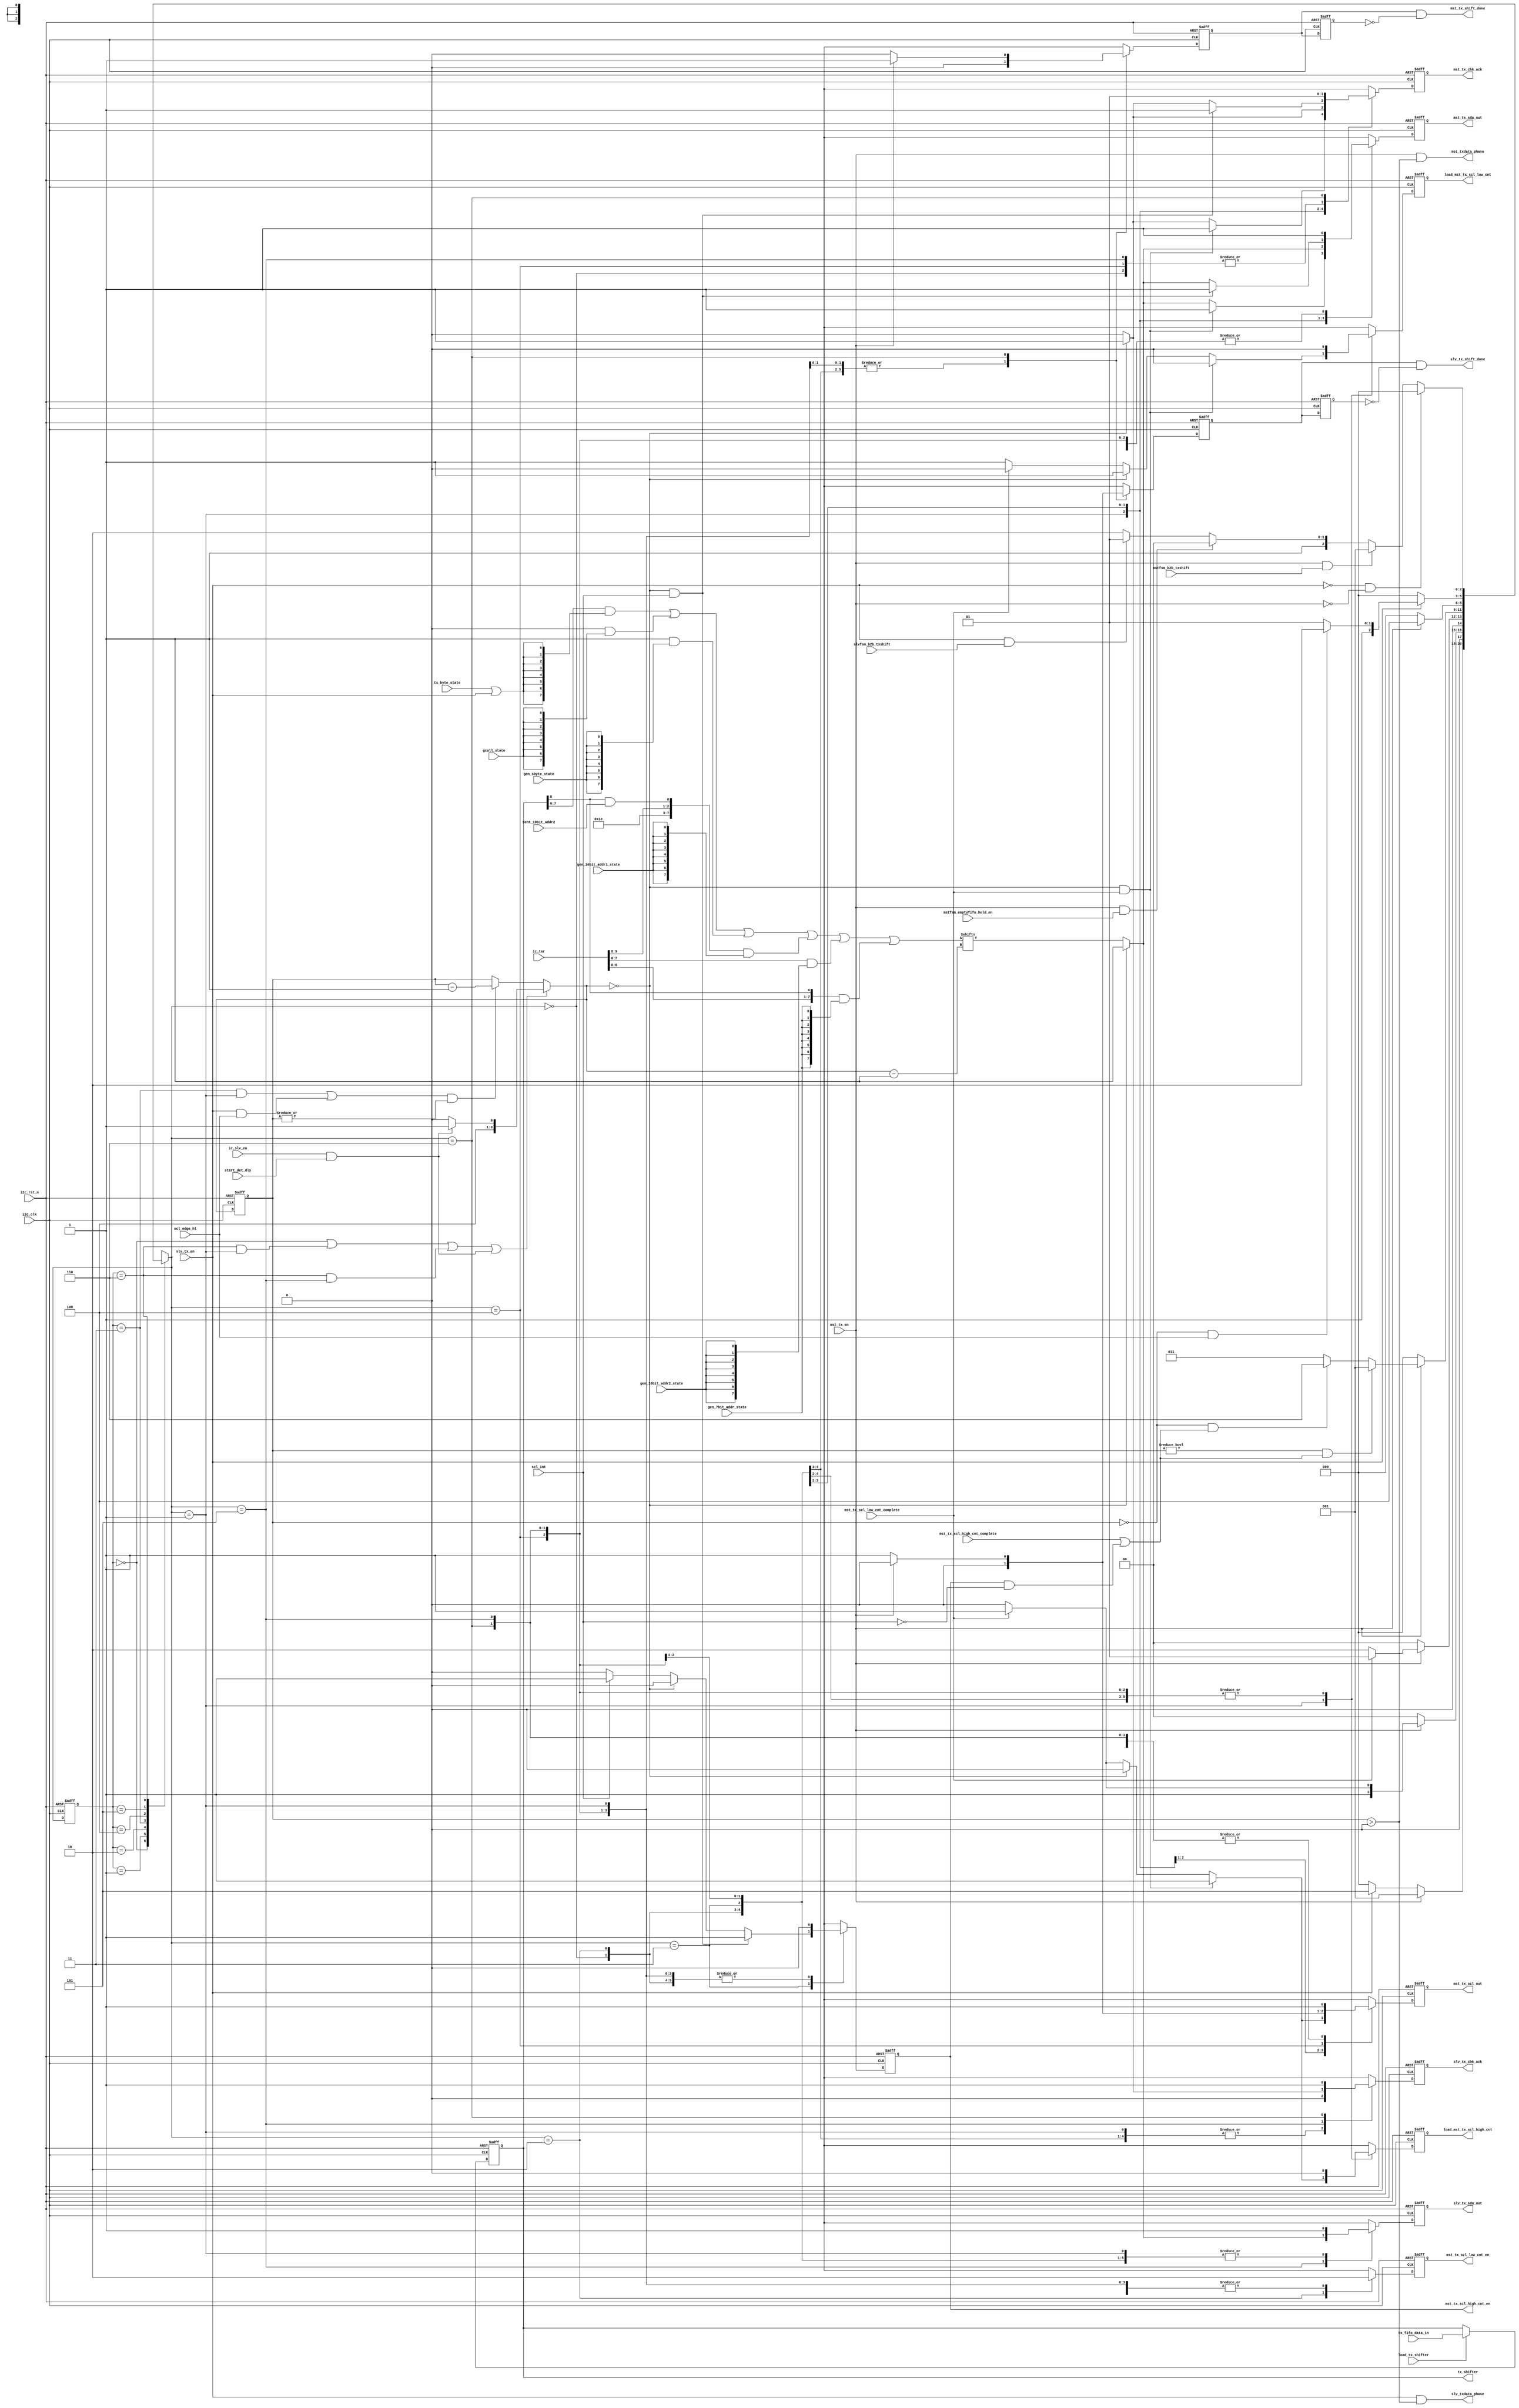
// (C) 2001-2018 Intel Corporation. All rights reserved.
// Your use of Intel Corporation's design tools, logic functions and other 
// software and tools, and its AMPP partner logic functions, and any output 
// files from any of the foregoing (including device programming or simulation 
// files), and any associated documentation or information are expressly subject 
// to the terms and conditions of the Intel Program License Subscription 
// Agreement, Intel FPGA IP License Agreement, or other applicable 
// license agreement, including, without limitation, that your use is for the 
// sole purpose of programming logic devices manufactured by Intel and sold by 
// Intel or its authorized distributors.  Please refer to the applicable 
// agreement for further details.


`timescale 1 ps / 1 ps
module altr_i2c_txshifter (
    input               i2c_clk,
    input               i2c_rst_n,
    input               mst_tx_scl_high_cnt_complete,
    input               mst_tx_scl_low_cnt_complete,
    input               mst_tx_en,
    input               slv_tx_en,
    input               scl_int,
    input               scl_edge_hl,
    input               mstfsm_emptyfifo_hold_en,
    input               mstfsm_b2b_txshift,
    input               load_tx_shifter,
    input [10:0]        tx_fifo_data_in,
    input [9:0]         ic_tar,
    input               tx_byte_state,
    input               gcall_state,
    input               gen_sbyte_state,
    input               gen_10bit_addr1_state,
    input               gen_10bit_addr2_state,
    input               gen_7bit_addr_state,
    input               sent_10bit_addr2,
    input               slvfsm_b2b_txshift,
    input               ic_slv_en,
    input               start_det_dly,
  
    output reg          mst_tx_scl_high_cnt_en,
    output reg          mst_tx_scl_low_cnt_en,
    output reg          mst_tx_chk_ack,                 // to ack detector
    output              mst_tx_shift_done,
    output reg          mst_tx_scl_out,
    output reg          mst_tx_sda_out,
    output reg          slv_tx_chk_ack,                 // to ack detector
    output              slv_tx_shift_done,
    output reg          slv_tx_sda_out,
    output reg          load_mst_tx_scl_high_cnt,
    output reg          load_mst_tx_scl_low_cnt,
    output reg [10:0]   tx_shifter,
    output              mst_txdata_phase,
    output              slv_txdata_phase

);


parameter TX_IDLE       = 3'b000;
parameter TX_CLK_LOAD   = 3'b001;
parameter TX_CLK_LOW    = 3'b010;
parameter TX_CLK_HIGH   = 3'b011;
parameter TX_CLK_HOLD   = 3'b100;
parameter TX_SLV_SHIFT  = 3'b101;
parameter TX_DONE       = 3'b110;


// wires & registers declaration
reg [2:0]       tx_shiftfsm_state; 
reg [2:0]       tx_shiftfsm_nx_state;
reg [3:0]       tx_shiftbit_counter;
reg [3:0]       tx_shiftbit_counter_nxt;
reg             mst_tx_shift_done_gen;
reg             mst_tx_shift_done_gen_dly;
reg             slv_tx_shift_done_gen;
reg             slv_tx_shift_done_gen_dly;

wire            tx_idle_state;
wire            tx_done_state;
wire            tx_clk_high_state;
wire            tx_clk_load_nx_state;
wire            arc_tx_done_load;
wire            arc_tx_clk_high_load;
wire            load_cnt;
wire            decr_cnt;
wire            tx_slv_shift_nx_state;
wire [3:0]      tx_shiftbit_counter_init;
wire            arc_tx_done_slv_shift; 

wire [7:0]      tx_shift_data;
wire [7:0]      gcall_addr;
wire [7:0]      start_byte;
wire [7:0]      tenbit_addr1;
wire [7:0]      tenbit_addr2;
wire [7:0]      sevenbit_addr;
wire            tx_shift_data_phase;

wire [7:0]      write_txbyte;
wire [7:0]      write_gcall_addr;
wire [7:0]      write_start_byte;
wire [7:0]      write_10bit_addr1;
wire [7:0]      write_10bit_addr2;
wire [7:0]      write_7bit_addr;
wire            tenbit_addr1_cmd;
wire            tx_shiftbit_counter_notzero;

assign mst_txdata_phase         = mst_tx_en & (tx_shiftbit_counter > 4'b0000);
assign slv_txdata_phase         = slv_tx_en & (tx_shiftbit_counter > 4'b0000);

assign tx_idle_state            = (tx_shiftfsm_state == TX_IDLE);
assign tx_done_state            = (tx_shiftfsm_state == TX_DONE);
assign tx_clk_high_state        = (tx_shiftfsm_state == TX_CLK_HIGH);

assign tx_clk_load_nx_state     = (tx_shiftfsm_nx_state == TX_CLK_LOAD);
assign tx_slv_shift_nx_state    = (tx_shiftfsm_nx_state == TX_SLV_SHIFT);

assign arc_tx_done_load         = tx_done_state & tx_clk_load_nx_state;
assign arc_tx_clk_high_load     = tx_clk_high_state & tx_clk_load_nx_state;
assign arc_tx_done_slv_shift    = tx_done_state & tx_slv_shift_nx_state; 

assign load_cnt                 = tx_idle_state | arc_tx_done_load | arc_tx_done_slv_shift | (ic_slv_en & start_det_dly);
assign decr_cnt                 = (arc_tx_clk_high_load | (slv_tx_en & scl_edge_hl)) & tx_shiftbit_counter_notzero;

assign tx_shiftbit_counter_notzero = | tx_shiftbit_counter;

assign tx_shiftbit_counter_init = (ic_slv_en & start_det_dly) ? 4'b1001 : 4'b1000;

always @* begin
    if (load_cnt)
        tx_shiftbit_counter_nxt = tx_shiftbit_counter_init;
    else if (decr_cnt)
        tx_shiftbit_counter_nxt = tx_shiftbit_counter - 4'b0001;
    else
        tx_shiftbit_counter_nxt = tx_shiftbit_counter;
end

// bit number counter
always @(posedge i2c_clk or negedge i2c_rst_n) begin
    if(!i2c_rst_n)
        tx_shiftbit_counter <= 4'b1000;
    else
        tx_shiftbit_counter <= tx_shiftbit_counter_nxt;
end




// TX shifter fsm 
always @(posedge i2c_clk or negedge i2c_rst_n) begin
    if (!i2c_rst_n)
        tx_shiftfsm_state <= TX_IDLE;
    else
        tx_shiftfsm_state <= tx_shiftfsm_nx_state;
end

always @* begin
    case(tx_shiftfsm_state)
        TX_IDLE	: begin
            if (mst_tx_en) 
                tx_shiftfsm_nx_state = TX_CLK_LOAD;
            else if (slv_tx_en)
                tx_shiftfsm_nx_state = TX_SLV_SHIFT;
            else 
                tx_shiftfsm_nx_state = TX_IDLE;
        end

        TX_CLK_LOAD : begin
            if (~mst_tx_en)
                tx_shiftfsm_nx_state = TX_IDLE;
            else if (mst_tx_scl_low_cnt_complete)
                tx_shiftfsm_nx_state = TX_CLK_HIGH;
            else
                tx_shiftfsm_nx_state = TX_CLK_LOW;
        end

        TX_CLK_LOW : begin
            if (~mst_tx_en)
                tx_shiftfsm_nx_state = TX_IDLE;
            else if (mst_tx_scl_low_cnt_complete)
                tx_shiftfsm_nx_state = TX_CLK_LOAD;
            else
                tx_shiftfsm_nx_state = TX_CLK_LOW;
        end

        TX_CLK_HIGH : begin
            if (~mst_tx_en)
                tx_shiftfsm_nx_state = TX_IDLE; 
            else if ((tx_shiftbit_counter != 4'b0000) & (mst_tx_scl_high_cnt_complete | (mst_tx_scl_high_cnt_en & ~scl_int)))
                tx_shiftfsm_nx_state = TX_CLK_LOAD;
            else if ((tx_shiftbit_counter == 4'b0000) & (mst_tx_scl_high_cnt_complete | (mst_tx_scl_high_cnt_en & ~scl_int)))
                tx_shiftfsm_nx_state = TX_DONE; 
            else
                tx_shiftfsm_nx_state = TX_CLK_HIGH;
        end

        TX_CLK_HOLD : begin
            if (~mst_tx_en)
                tx_shiftfsm_nx_state = TX_IDLE; 
            else
                tx_shiftfsm_nx_state = TX_CLK_HOLD;
        end

        TX_SLV_SHIFT : begin 
            if (~slv_tx_en)
                tx_shiftfsm_nx_state = TX_IDLE;
            else if ((tx_shiftbit_counter == 4'b0000) & scl_edge_hl)
                tx_shiftfsm_nx_state = TX_DONE;
            else
                tx_shiftfsm_nx_state = TX_SLV_SHIFT;
        end

        TX_DONE	: begin
            if (~slv_tx_en & ~mst_tx_en)
                tx_shiftfsm_nx_state = TX_IDLE;
            else if (mst_tx_en & mstfsm_b2b_txshift)
                tx_shiftfsm_nx_state = TX_CLK_LOAD;
            else if (mst_tx_en & mstfsm_emptyfifo_hold_en)
                tx_shiftfsm_nx_state = TX_CLK_HOLD;
            else if (slv_tx_en & slvfsm_b2b_txshift)
                tx_shiftfsm_nx_state = TX_SLV_SHIFT;
            else
                tx_shiftfsm_nx_state = TX_DONE;
        end

	default: tx_shiftfsm_nx_state = 3'bx;

    endcase
end



always @(posedge i2c_clk or negedge i2c_rst_n) begin
    if (!i2c_rst_n) begin
        mst_tx_scl_high_cnt_en      <= 1'b0;
        mst_tx_scl_low_cnt_en       <= 1'b0;
        mst_tx_sda_out              <= 1'b1;
        mst_tx_scl_out              <= 1'b1;
        mst_tx_chk_ack              <= 1'b0;
        mst_tx_shift_done_gen       <= 1'b0;
        load_mst_tx_scl_low_cnt     <= 1'b0;
        load_mst_tx_scl_high_cnt    <= 1'b0;
        slv_tx_chk_ack              <= 1'b0;
        slv_tx_shift_done_gen       <= 1'b0;
        slv_tx_sda_out              <= 1'b1;
    end
    else begin
        case(tx_shiftfsm_nx_state)
            TX_IDLE : begin
                mst_tx_scl_high_cnt_en      <= 1'b0;
                mst_tx_scl_low_cnt_en       <= 1'b0;
                mst_tx_sda_out              <= 1'b1;
                mst_tx_scl_out              <= 1'b1;
                mst_tx_chk_ack              <= 1'b0;
                mst_tx_shift_done_gen       <= 1'b0;
                load_mst_tx_scl_low_cnt     <= 1'b0;
                load_mst_tx_scl_high_cnt    <= 1'b0;
                slv_tx_chk_ack              <= 1'b0;
                slv_tx_shift_done_gen       <= 1'b0;
                slv_tx_sda_out              <= 1'b1;
            end

            TX_CLK_LOAD : begin
                mst_tx_scl_high_cnt_en  <= 1'b0;
                mst_tx_scl_low_cnt_en   <= 1'b0;
                mst_tx_shift_done_gen   <= 1'b0;
                slv_tx_chk_ack          <= 1'b0;
                slv_tx_shift_done_gen   <= 1'b0;
                slv_tx_sda_out          <= 1'b1;

                if ((tx_shiftbit_counter_nxt == 4'b0000) & mst_tx_scl_low_cnt_complete) begin
                    load_mst_tx_scl_low_cnt     <= 1'b0;
                    load_mst_tx_scl_high_cnt    <= 1'b1;
                    mst_tx_sda_out              <= 1'b1;
                    mst_tx_scl_out              <= 1'b1;
                    mst_tx_chk_ack              <= 1'b1;
                end
                else if (tx_shiftbit_counter_nxt == 4'b0000) begin
                    load_mst_tx_scl_low_cnt     <= 1'b1;
                    load_mst_tx_scl_high_cnt    <= 1'b0;
                    mst_tx_sda_out              <= 1'b1;
                    mst_tx_scl_out              <= 1'b0;
                    mst_tx_chk_ack              <= 1'b1;
                end
                else if (mst_tx_scl_low_cnt_complete) begin
                    load_mst_tx_scl_low_cnt     <= 1'b0;
                    load_mst_tx_scl_high_cnt    <= 1'b1;
                    mst_tx_sda_out              <= tx_shift_data[tx_shiftbit_counter_nxt-1];
                    mst_tx_scl_out              <= 1'b1;
                    mst_tx_chk_ack              <= 1'b0;
                end
                else begin
                    load_mst_tx_scl_low_cnt     <= 1'b1;
                    load_mst_tx_scl_high_cnt    <= 1'b0;
                    mst_tx_sda_out              <= tx_shift_data[tx_shiftbit_counter_nxt-1];
                    mst_tx_scl_out              <= 1'b0;
                    mst_tx_chk_ack              <= 1'b0;
                end
            end

	    TX_CLK_LOW : begin
                mst_tx_scl_high_cnt_en      <= 1'b0;
                mst_tx_scl_low_cnt_en       <= 1'b1;
                mst_tx_shift_done_gen       <= 1'b0;
                mst_tx_scl_out              <= 1'b0;
                load_mst_tx_scl_low_cnt     <= 1'b0;
                load_mst_tx_scl_high_cnt    <= 1'b0;
                slv_tx_chk_ack              <= 1'b0;
                slv_tx_shift_done_gen       <= 1'b0;
                slv_tx_sda_out              <= 1'b1;

                if (tx_shiftbit_counter_nxt == 4'b0000) begin // 4'b000 is ACK waiting bit
                    mst_tx_sda_out          <= 1'b1;
                    mst_tx_chk_ack          <= 1'b1;
                end
                else begin
                    mst_tx_sda_out          <= tx_shift_data[tx_shiftbit_counter_nxt-1];
                    mst_tx_chk_ack          <= 1'b0;
                end
            end

            TX_CLK_HIGH : begin
                mst_tx_scl_low_cnt_en       <= 1'b0;
                mst_tx_shift_done_gen       <= 1'b0;
                mst_tx_scl_out              <= 1'b1;
                load_mst_tx_scl_low_cnt     <= 1'b0;
                load_mst_tx_scl_high_cnt    <= 1'b0;
                slv_tx_chk_ack              <= 1'b0;
                slv_tx_shift_done_gen       <= 1'b0;
                slv_tx_sda_out              <= 1'b1;

                if ((tx_shiftbit_counter_nxt == 4'b0000) & scl_int) begin // FIXME: CLK synchronization to SCL is one clock after
                    mst_tx_sda_out          <= 1'b1;
                    mst_tx_chk_ack          <= 1'b1;
                    mst_tx_scl_high_cnt_en  <= 1'b1;
                end
                else if (tx_shiftbit_counter_nxt == 4'b0000) begin
                    mst_tx_sda_out          <= 1'b1;
                    mst_tx_chk_ack          <= 1'b1;
                    mst_tx_scl_high_cnt_en  <= 1'b0;
                end
                else if (scl_int) begin
                    mst_tx_sda_out          <= tx_shift_data[tx_shiftbit_counter_nxt-1];
                    mst_tx_chk_ack          <= 1'b0;
                    mst_tx_scl_high_cnt_en  <= 1'b1;
                end
                else begin
                    mst_tx_sda_out          <= tx_shift_data[tx_shiftbit_counter_nxt-1];
                    mst_tx_chk_ack          <= 1'b0;
                    mst_tx_scl_high_cnt_en  <= 1'b0;
                end
            end

            TX_CLK_HOLD : begin
                mst_tx_scl_high_cnt_en      <= 1'b0;
                mst_tx_scl_low_cnt_en       <= 1'b0;
                mst_tx_sda_out              <= 1'b1;
                mst_tx_chk_ack              <= 1'b0;
                mst_tx_shift_done_gen       <= 1'b0;
                load_mst_tx_scl_low_cnt     <= 1'b0;
                load_mst_tx_scl_high_cnt    <= 1'b0;
                slv_tx_chk_ack              <= 1'b0;
                slv_tx_shift_done_gen       <= 1'b0;
                slv_tx_sda_out              <= 1'b1;
                
                if (mst_tx_en) 
                    mst_tx_scl_out          <= 1'b0;
                else	// slv TX
                    mst_tx_scl_out          <= 1'b1;
            end


            TX_SLV_SHIFT : begin
                mst_tx_scl_high_cnt_en      <= 1'b0;
                mst_tx_scl_low_cnt_en       <= 1'b0;
                mst_tx_sda_out              <= 1'b1;
                mst_tx_scl_out              <= 1'b1;
                mst_tx_chk_ack              <= 1'b0;
                mst_tx_shift_done_gen       <= 1'b0;
                load_mst_tx_scl_low_cnt     <= 1'b0;
                load_mst_tx_scl_high_cnt    <= 1'b0;
                slv_tx_shift_done_gen       <= 1'b0;

                if (tx_shiftbit_counter_nxt == 4'b0000) begin	//4'b0000 is bit-8 ACK waiting
                    slv_tx_chk_ack          <= 1'b1;
                    slv_tx_sda_out          <= 1'b1;
                end
                else begin
                    slv_tx_chk_ack          <= 1'b0;
                    slv_tx_sda_out          <= tx_shift_data[tx_shiftbit_counter_nxt-1];
                end
            end

	    TX_DONE	: begin
                mst_tx_scl_high_cnt_en      <= 1'b0;
                mst_tx_scl_low_cnt_en       <= 1'b0;
                mst_tx_scl_out              <= 1'b1;
                mst_tx_sda_out              <= 1'b1;
                mst_tx_chk_ack              <= 1'b1;
                load_mst_tx_scl_low_cnt     <= 1'b0;
                load_mst_tx_scl_high_cnt    <= 1'b0;
                slv_tx_chk_ack              <= 1'b1;
                slv_tx_sda_out              <= 1'b1;

                if (mst_tx_en) begin
                    mst_tx_shift_done_gen   <= 1'b1;
                    slv_tx_shift_done_gen   <= 1'b0;
                end
                else begin 
                    mst_tx_shift_done_gen   <= 1'b0;
                    slv_tx_shift_done_gen   <= 1'b1;
                end
	    end

	    default: begin
                mst_tx_scl_high_cnt_en      <= 1'bx;
                mst_tx_scl_low_cnt_en       <= 1'bx;
                mst_tx_scl_out              <= 1'bx;
                mst_tx_sda_out              <= 1'bx;
                mst_tx_chk_ack              <= 1'bx;
                mst_tx_shift_done_gen       <= 1'bx;
                load_mst_tx_scl_low_cnt     <= 1'bx;
                load_mst_tx_scl_high_cnt    <= 1'bx;
                slv_tx_chk_ack              <= 1'bx;
                slv_tx_shift_done_gen       <= 1'bx;
                slv_tx_sda_out              <= 1'bx;
	    end
        endcase
    end
end


always @(posedge i2c_clk or negedge i2c_rst_n) begin
    if (!i2c_rst_n)
        tx_shifter  <= 11'h0;
    else if (load_tx_shifter)
        tx_shifter  <= tx_fifo_data_in;
    else
        tx_shifter  <= tx_shifter;
end

assign tenbit_addr1_cmd = tx_shifter[8] & sent_10bit_addr2;

assign gcall_addr       = 8'b00000000;
assign start_byte       = 8'b00000001;
assign tenbit_addr1     = {5'b11110, ic_tar[9:8], tenbit_addr1_cmd};
assign tenbit_addr2     = ic_tar[7:0];
assign sevenbit_addr    = {ic_tar[6:0], tx_shifter[8]};

assign tx_shift_data_phase = tx_byte_state | slv_tx_en;

assign write_txbyte         = tx_shifter[7:0]   & {8{tx_shift_data_phase}};
assign write_gcall_addr     = gcall_addr        & {8{gcall_state}};
assign write_start_byte     = start_byte        & {8{gen_sbyte_state}};
assign write_10bit_addr1    = tenbit_addr1      & {8{gen_10bit_addr1_state}};
assign write_10bit_addr2    = tenbit_addr2      & {8{gen_10bit_addr2_state}};
assign write_7bit_addr      = sevenbit_addr     & {8{gen_7bit_addr_state}};

assign tx_shift_data =  write_txbyte        |
                        write_gcall_addr    |
                        write_start_byte    |
                        write_10bit_addr1   |
                        write_10bit_addr2   |
                        write_7bit_addr;

always @(posedge i2c_clk or negedge i2c_rst_n) begin
    if (!i2c_rst_n) begin
        mst_tx_shift_done_gen_dly   <= 1'b0;
        slv_tx_shift_done_gen_dly   <= 1'b0;
    end
    else begin
        mst_tx_shift_done_gen_dly   <= mst_tx_shift_done_gen;
        slv_tx_shift_done_gen_dly   <= slv_tx_shift_done_gen;
    end
end

assign mst_tx_shift_done    = mst_tx_shift_done_gen & ~mst_tx_shift_done_gen_dly;
assign slv_tx_shift_done    = slv_tx_shift_done_gen & ~slv_tx_shift_done_gen_dly;

endmodule